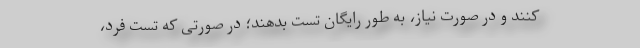
کنند و در صورت نیاز، به طور رایگان تست بدهند؛ در صورتی که تست فرد،